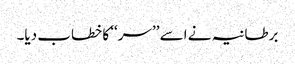
برطانیہ نے اسے ’’سر‘‘ کا خطاب دیا۔